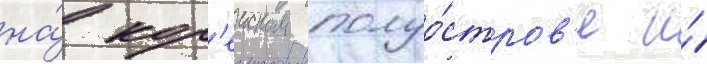
на́ кор'еиском полуо́стров'е и́